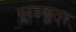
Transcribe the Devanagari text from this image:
ग्रहसुत्र